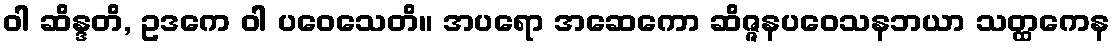
ဝါ ဆိန္ဒတိ, ဥဒကေ ဝါ ပဝေသေတိ။ အပရော အဆေကော ဆိဇ္ဇနပဝေသနဘယာ သတ္ထကေန